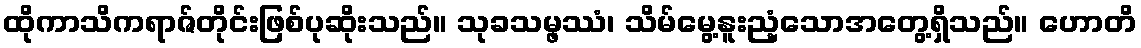
ထိုကာသိကရာဇ်တိုင်းဖြစ်ပုဆိုးသည်။ သုခသမ္ဖဿံ၊ သိမ်မွေ့နူးညံ့သောအတွေ့ရှိသည်။ ဟောတိ